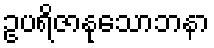
ဥပရိဇာနုသောဘနာ